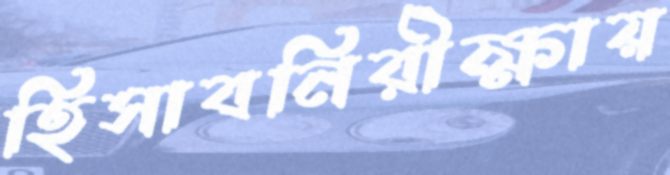
হিসাবনিরীক্ষায়